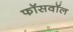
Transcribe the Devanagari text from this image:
फॉसवॉल